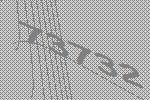
73732